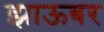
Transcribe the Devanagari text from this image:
झाऊबर